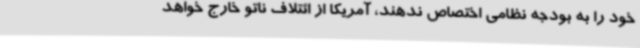
خود را به بودجه نظامی اختصاص ندهند، آمریکا از ائتلاف ناتو خارج خواهد